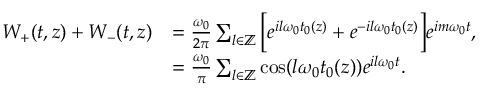
\begin{array} { r l } { W _ { + } ( t , z ) + W _ { - } ( t , z ) } & { = \frac { \omega _ { 0 } } { 2 \pi } \sum _ { l \in \mathbb { Z } } \bigg [ e ^ { i l \omega _ { 0 } t _ { 0 } ( z ) } + e ^ { - i l \omega _ { 0 } t _ { 0 } ( z ) } \bigg ] e ^ { i m \omega _ { 0 } t } , } \\ & { = \frac { \omega _ { 0 } } { \pi } \sum _ { l \in \mathbb { Z } } \cos ( l \omega _ { 0 } t _ { 0 } ( z ) ) e ^ { i l \omega _ { 0 } t } . } \end{array}